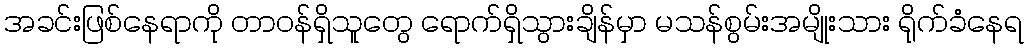
အခင်းဖြစ်နေရာကို တာဝန်ရှိသူတွေ ရောက်ရှိသွားချိန်မှာ မသန်စွမ်းအမျိုးသား ရိုက်ခံနေရ